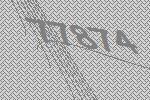
77874